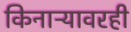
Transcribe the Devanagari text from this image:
किनाऱ्यावरही